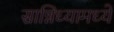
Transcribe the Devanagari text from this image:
सान्निध्यामध्ये